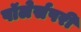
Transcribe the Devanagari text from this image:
पॉलेर्सपरी